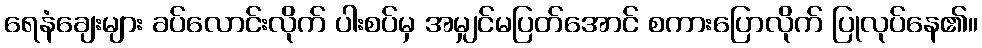
ရေနံချေးများ ခပ်လောင်းလိုက် ပါးစပ်မှ အမျှင်မပြတ်အောင် စကားပြောလိုက် ပြုလုပ်နေ၏။